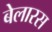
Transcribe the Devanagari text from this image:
बेलारस